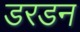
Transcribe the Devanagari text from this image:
डरडन